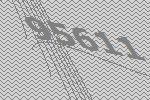
95611